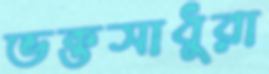
ভক্তসাধুরা